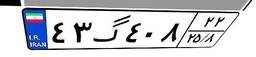
۹۹گ۵۰۸۵۴